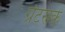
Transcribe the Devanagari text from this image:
ग्रेटसके